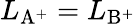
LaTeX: L_{\mathrm{{{A^{+}}}}}=L_{\mathrm{{{B^{+}}}}}